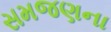
સમજણના